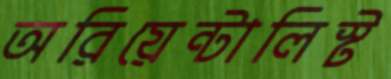
অরিয়েন্টালিস্ট